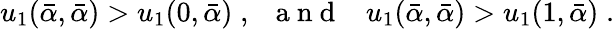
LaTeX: u_{1}(\bar{\alpha},\bar{\alpha})>u_{1}(0,\bar{\alpha})\; ,\; \; {\mathrm{~a~n~d~}}\; \; \; u_{1}(\bar{\alpha},\bar{\alpha})>u_{1}(1,\bar{\alpha})\; .